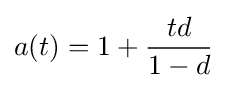
a(t)=1+{\frac {td}{1-d}}